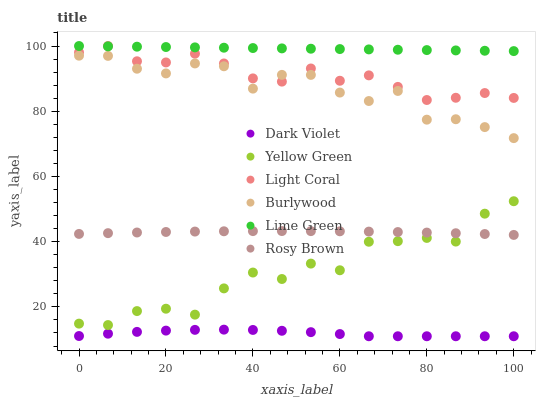
| xaxis_label | Dark Violet | Yellow Green | Light Coral | Burlywood | Lime Green | Rosy Brown |
 | --- | --- | --- | --- | --- | --- | --- |
 | 0 | 11.1 | 14.9 | 98.1 | 97 | 100 | 42.4 |
 | 6.67 | 11.8 | 14.4 | 100 | 97 | 99.9 | 42.6 |
 | 13.3 | 12.3 | 18.7 | 95.3 | 93 | 99.8 | 42.8 |
 | 20 | 12.7 | 19.4 | 95 | 91.6 | 99.7 | 43 |
 | 26.7 | 13 | 17.6 | 97.6 | 94.7 | 99.6 | 43.1 |
 | 33.3 | 13 | 25.7 | 94.6 | 93.8 | 99.5 | 43.2 |
 | 40 | 12.9 | 30.5 | 90.1 | 86.9 | 99.4 | 43.2 |
 | 46.7 | 12.7 | 28.6 | 89.1 | 91.2 | 99.3 | 43.3 |
 | 53.3 | 12.3 | 33.3 | 93.1 | 91.1 | 99.2 | 43.2 |
 | 60 | 11.7 | 31.2 | 89.3 | 85.7 | 99.1 | 43.2 |
 | 66.7 | 11 | 40 | 91 | 83.1 | 99 | 43.1 |
 | 73.3 | 11 | 40.2 | 87.5 | 86.2 | 98.9 | 43 |
 | 80 | 11 | 41.2 | 83.4 | 77.4 | 98.8 | 42.8 |
 | 86.7 | 11 | 40 | 84.1 | 77.5 | 98.6 | 42.6 |
 | 93.3 | 11 | 48.6 | 85.6 | 75.1 | 98.5 | 42.3 |
 | 100 | 11 | 52.4 | 84.1 | 71.8 | 98.4 | 42.1 |